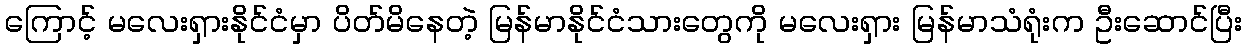
ကြောင့် မလေးရှားနိုင်ငံမှာ ပိတ်မိနေတဲ့ မြန်မာနိုင်ငံသားတွေကို မလေးရှား မြန်မာသံရုံးက ဦးဆောင်ပြီး